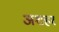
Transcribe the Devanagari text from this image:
अशहर